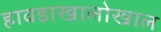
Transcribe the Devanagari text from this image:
हावडाखालोखाल